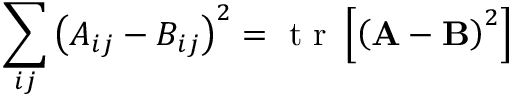
\sum _ { i j } \left( A _ { i j } - B _ { i j } \right) ^ { 2 } = \mathrm { ~ t ~ r ~ } \left[ \left( { \bf A } - { \bf B } \right) ^ { 2 } \right]